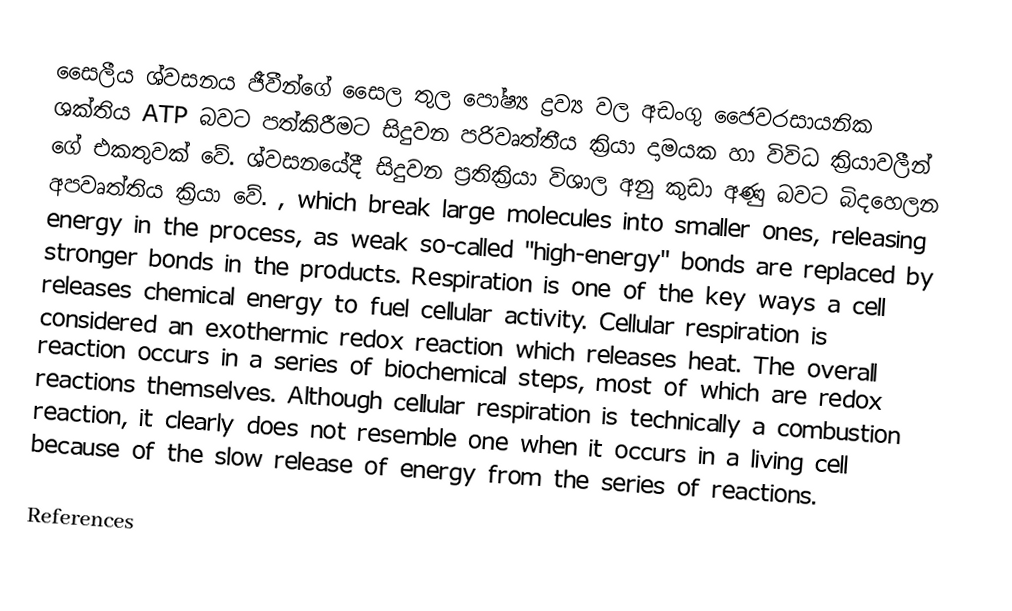
සෛලීය ශ්වසනය ජීවීන්ගේ  සෛල තුල පෝෂ්‍ය ද්‍රව්‍ය වල අඩංගු ජෛවරසායනික ශක්තිය ATP බවට පත්කිරීමට සිදුවන පරිවෘත්තීය ක්‍රියා දාමයක හා විවිධ  ක්‍රියාවලීන් ගේ එකතුවක් වේ. ශ්වසනයේදී සිදුවන ප්‍රතික්‍රියා විශාල  අනු කුඩා අණු බවට  බිදහෙලන     අපවෘත්තිය ක්‍රියා වේ. , which break large molecules into smaller ones, releasing energy in the process, as weak so-called "high-energy" bonds are replaced by stronger bonds in the products. Respiration is one of the key ways a cell releases chemical energy to fuel cellular activity. Cellular respiration is considered an exothermic redox reaction which releases heat. The overall reaction occurs in a series of biochemical steps, most of which are redox reactions themselves. Although cellular respiration is technically a combustion reaction, it clearly does not resemble one when it occurs in a living cell because of the slow release of energy from the series of reactions.

References